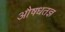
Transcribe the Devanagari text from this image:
औषधतज्ञ